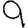
Digit: 9